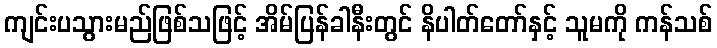
ကျင်းပသွားမည်ဖြစ်သဖြင့် အိမ်ပြန်ခါနီးတွင် နိပါတ်တော်နှင့် သူမကို ကန်သစ်